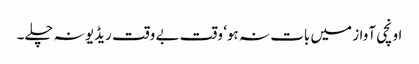
اونچی آواز میں بات نہ ہو‘ وقت بے وقت ریڈیو نہ چلے۔